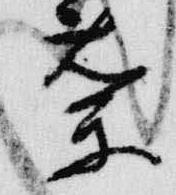
蘭